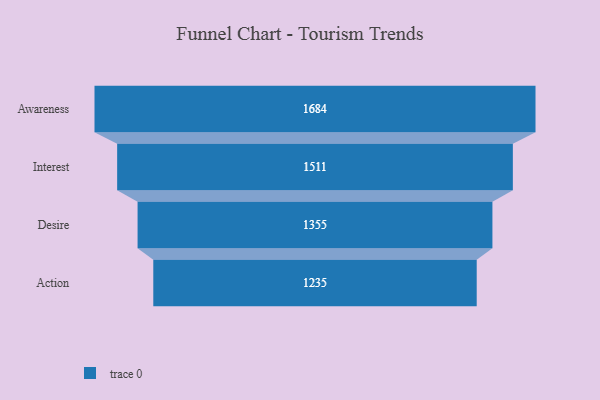
{"axis": {"x": "Stage", "y": "Value"}, "legend": [""], "data": [{"x": "Awareness", "y": 1684.0, "type": ""}, {"x": "Interest", "y": 1511.0, "type": ""}, {"x": "Desire", "y": 1355.0, "type": ""}, {"x": "Action", "y": 1235.0, "type": ""}]}